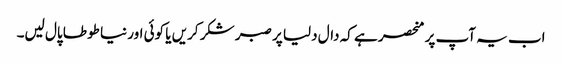
اب یہ آپ پر منحصر ہے کہ دال دلیا پر صبر شکر کریں یا کوئی اور نیا طوطا پال لیں۔